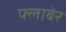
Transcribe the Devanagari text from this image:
फ्लाबेर